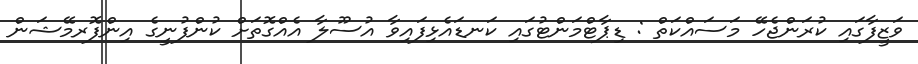
ވަޒީފާގައި ކުރަންޖެހޭ މަސައްކަތް : ޑިޕާޓްމަންޓުގައި ކަނޑައެޅިފައިވާ އުސޫލާ އެއްގޮތަށް ކުންފުނީގެ އިންފޮރމޭޝަން